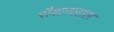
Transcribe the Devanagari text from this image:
रौशनलाल